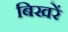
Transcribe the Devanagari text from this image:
बिखरें